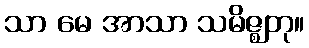
သာ မေ အာသာ သမိဇ္ဈတု။